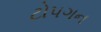
ટોપગન